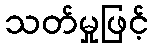
သတ်မှုဖြင့်